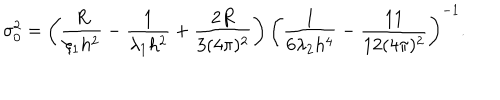
LaTeX: \sigma _ { 0 } ^ { 2 } = \left( \frac { R } { \xi _ { 1 } h ^ { 2 } } - \frac { 1 } { \lambda _ { 1 } h ^ { 2 } } + \frac { 2 R } { 3 ( 4 \pi ) ^ { 2 } } \right) \left( \frac { 1 } { 6 \lambda _ { 2 } h ^ { 4 } } - \frac { 1 1 } { 1 2 ( 4 \pi ) ^ { 2 } } \right) ^ { - 1 } .